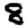
Digit: 8